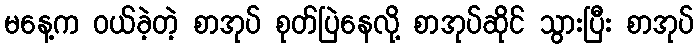
မနေ့က ဝယ်ခဲ့တဲ့ စာအုပ် စုတ်ပြဲနေလို့ စာအုပ်ဆိုင် သွားပြီး စာအုပ်